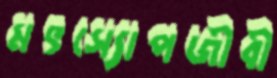
মৎস্যোপজীবী